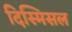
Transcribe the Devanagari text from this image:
दिस्मिसल